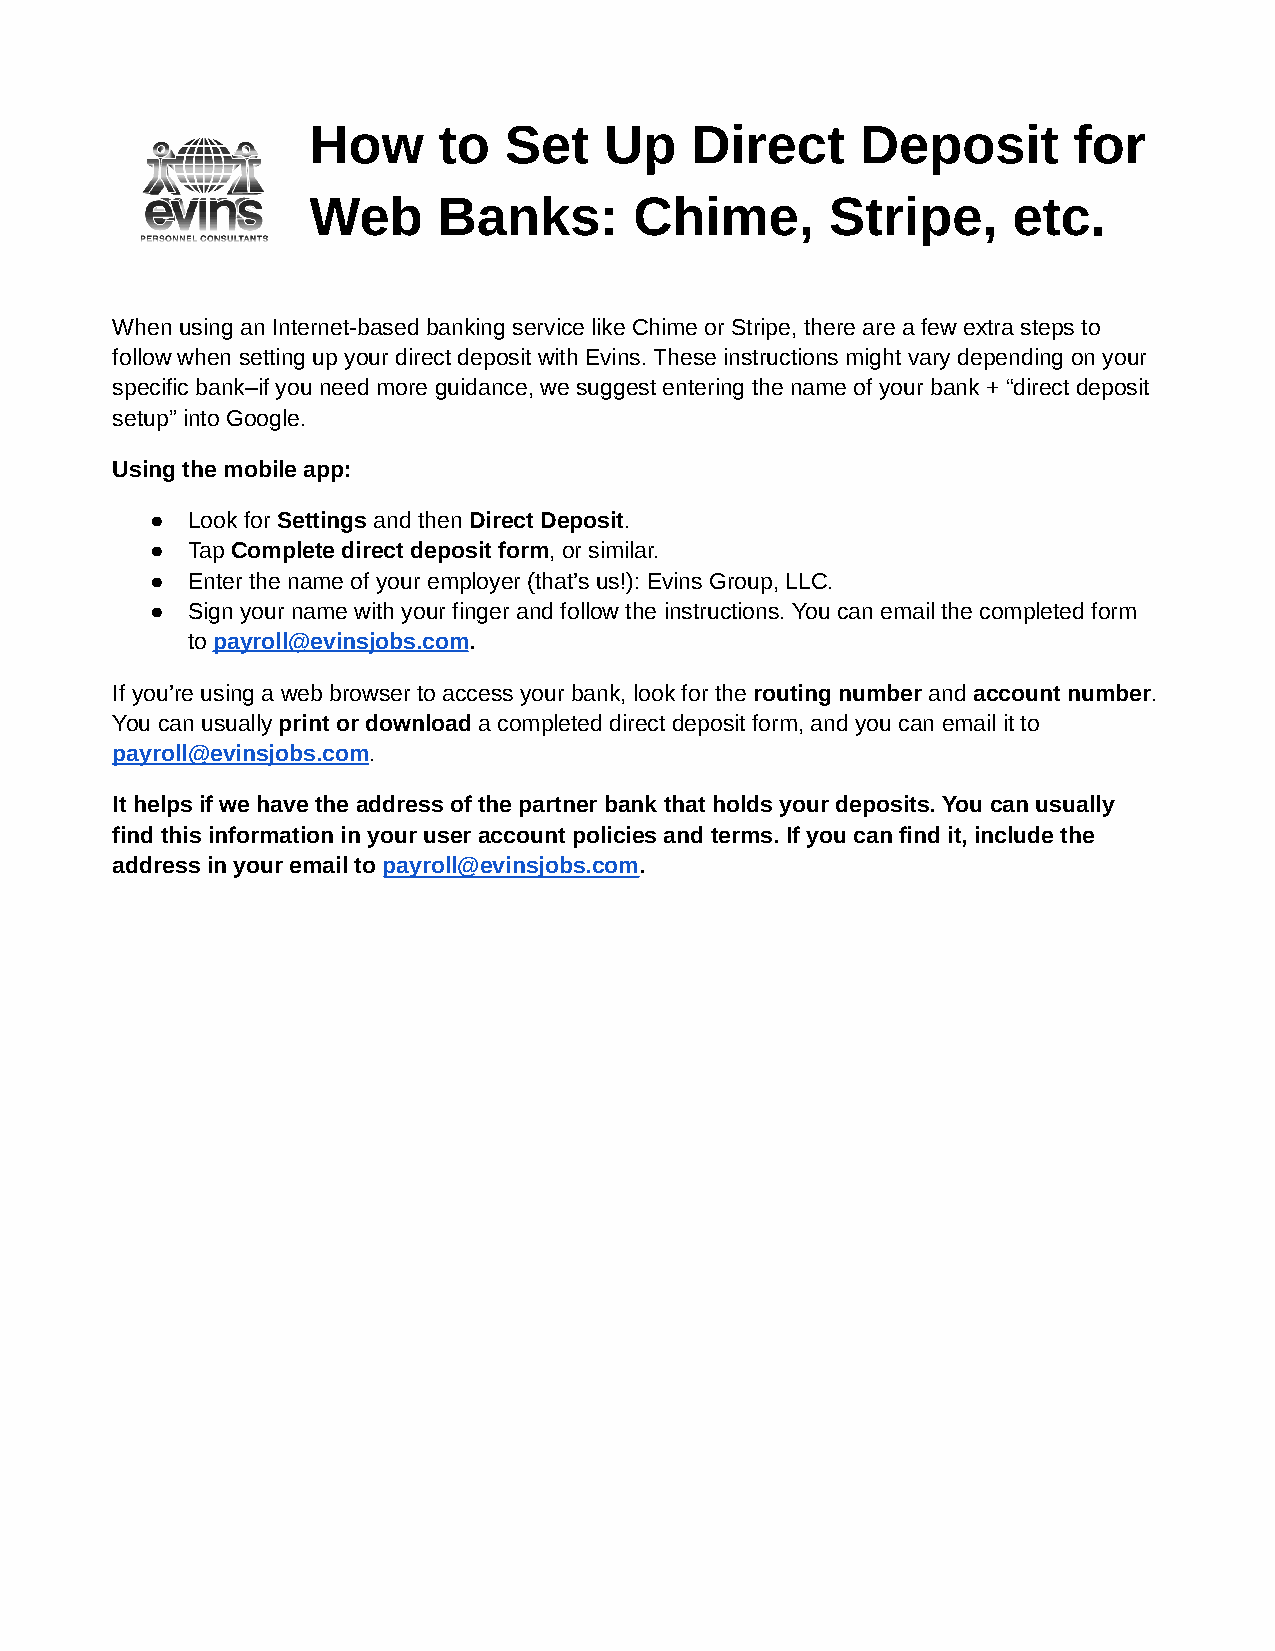
How      to  Set    Up    Direct     Deposit       for
 Web      Banks:       Chime,       Stripe,     etc.
 When using an Internet-based banking service like Chime or Stripe, there are a few extra steps to
 follow when setting up your direct deposit with Evins. These instructions might vary depending on your
 specific bank–if you need more guidance, we suggest entering the name of your bank + “direct deposit
 setup” into Google.
 Using the mobile app:
 ● Look for Settings and then Direct Deposit.
 ● Tap Complete direct deposit form, or similar.
 ● Enter the name of your employer (that’s us!): Evins Group, LLC.
 ● Sign your name with your finger and follow the instructions. You can email the completed form
 to payroll@evinsjobs.com.
 If you’re using a web browser to access your bank, look for the routing number and account number.
 You can usually print or download a completed direct deposit form, and you can email it to
 payroll@evinsjobs.com.
 It helps if we have the address of the partner bank that holds your deposits. You can usually
 find this information in your user account policies and terms. If you can find it, include the
 address in your email to payroll@evinsjobs.com.